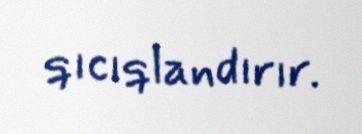
qıcıqlandırır.